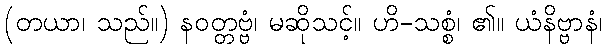
(တယာ၊ သည်။) နဝတ္တဗ္ဗံ၊ မဆိုသင့်။ ဟိ-သစ္စံ၊ ၏။ ယံနိဗ္ဗာနံ၊